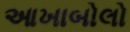
આખાબોલો